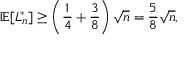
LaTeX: \mathbb { E } [ L _ { n } ^ { * } ] \geq \left( { \frac { 1 } { 4 } } + { \frac { 3 } { 8 } } \right) { \sqrt { n } } = { \frac { 5 } { 8 } } { \sqrt { n } } ,